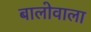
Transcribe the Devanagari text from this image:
बालोवाला